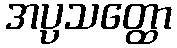
အပ္ပသတ္ထော